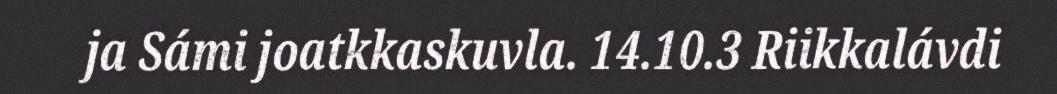
ja Sámi joatkkaskuvla. 14.10.3 Riikkalávdi